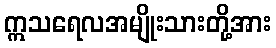
ဣသရေလအမျိုးသားတို့အား